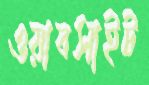
ওয়াবসাইট